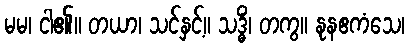
မမ၊ ငါ၏။ တယာ၊ သင်နှင့်။ သဒ္ဓိံ၊ တကွ။ နုနဧကံသေ၊